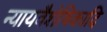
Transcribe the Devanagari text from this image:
न्यायवैशेषिकादि